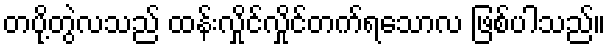
တပို့တွဲလသည် ထန်းလှိုင်လှိုင်တက်ရသောလ ဖြစ်ပါသည်။